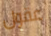
عقول